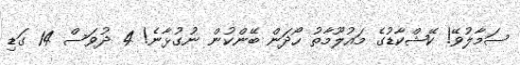
ސަމާލުވޭ! ކޭޝްކާޑުގެ މައުލޫމާތު ހޯދަން ބޭންކުން ނުގުޅާނެ! 4 ދުވަސް 14 ގަޑި